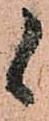
候